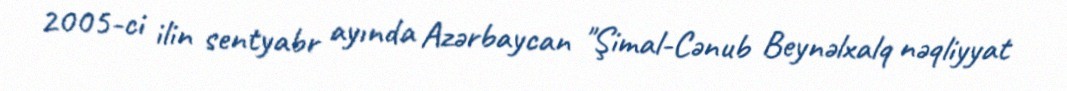
2005-ci ilin sentyabr ayında Azərbaycan "Şimal-Cənub Beynəlxalq nəqliyyat